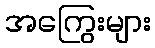
အကြွေးများ